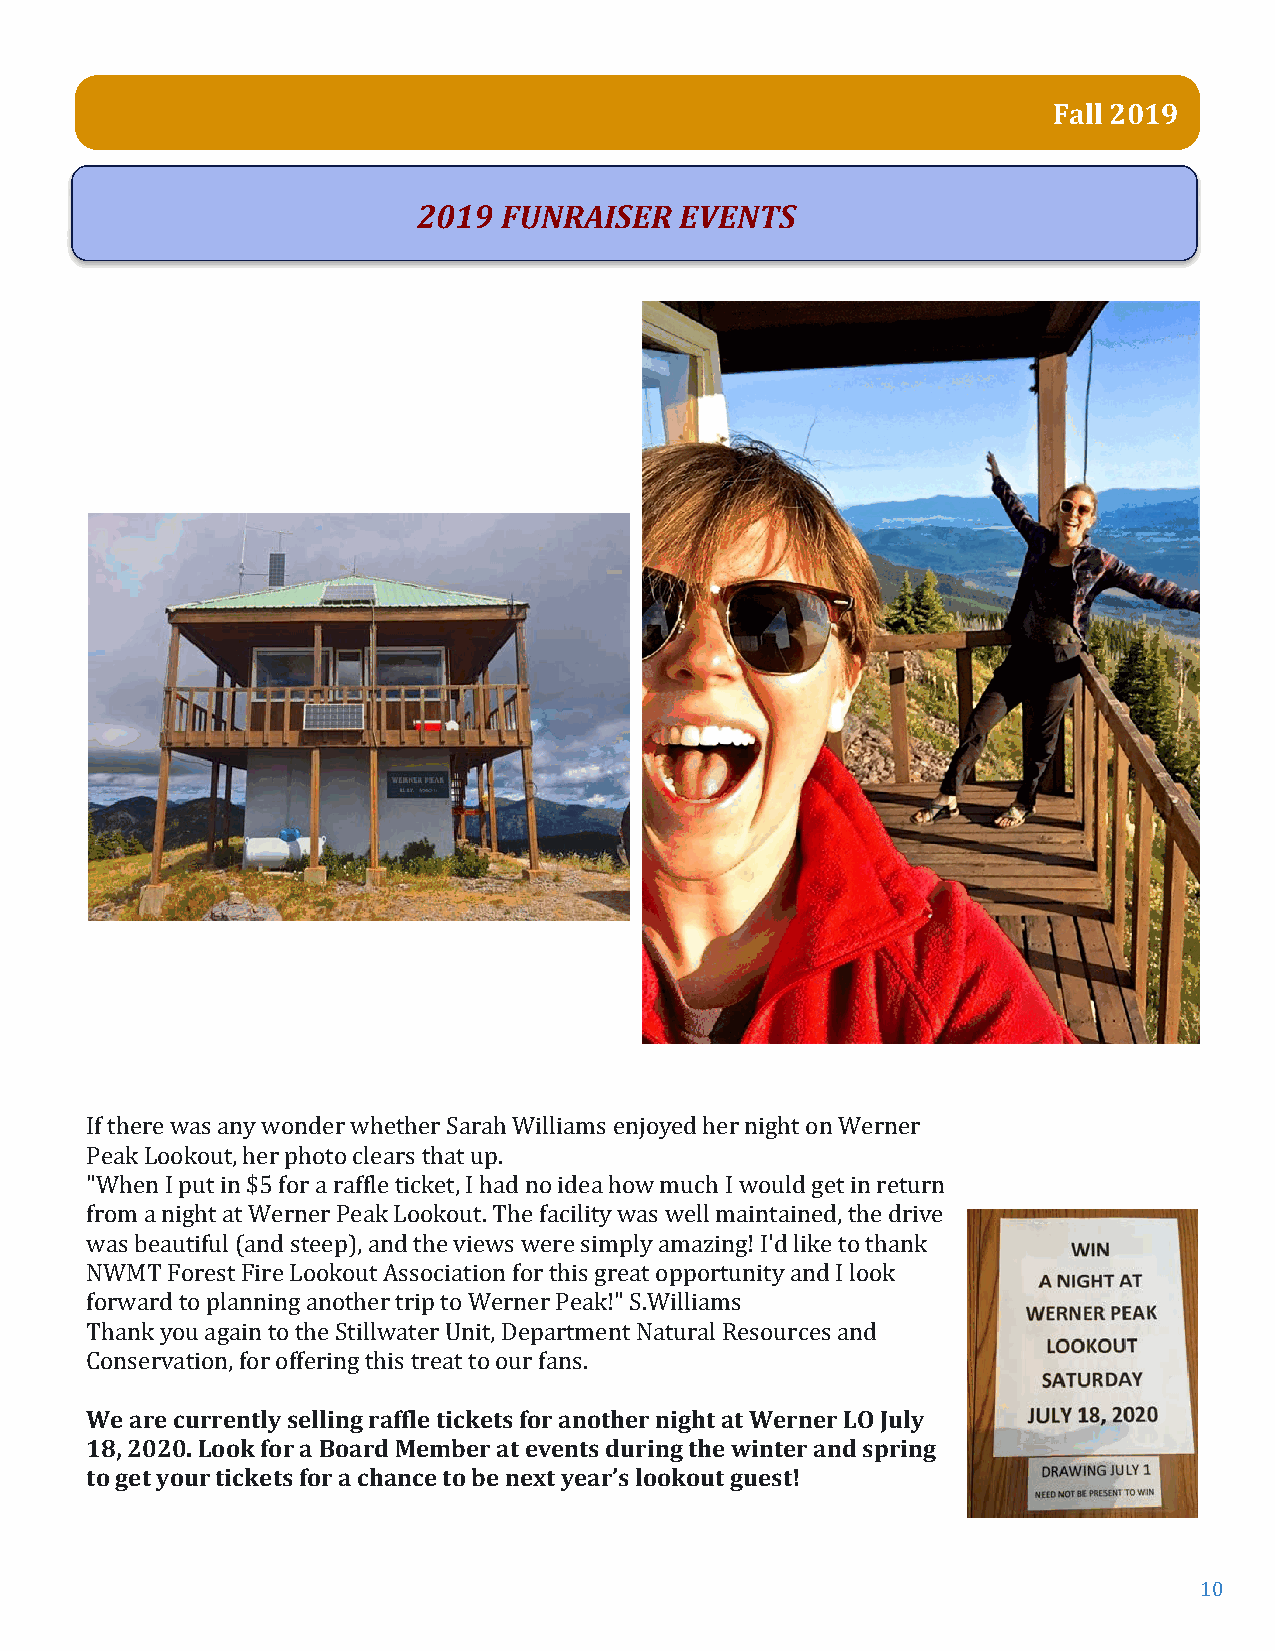
Fall 2019
 2019 FUNRAISER   EVENTS
 If there was any wonder whether Sarah Williams enjoyed her night on Werner
 Peak Lookout, her photo clears that up.
 "When I put in $5 for a raffle ticket, I had no idea how much I would get in return
 from a night at Werner Peak Lookout. The facility was well maintained, the drive
 was beautiful (and steep), and the views were simply amazing! I'd like to thank
 NWMT Forest Fire Lookout Association for this great opportunity and I look
 forward to planning another trip to Werner Peak!" S.Williams
 Thank you again to the Stillwater Unit, Department Natural Resources and
 CWoen saerrev cautirorne, nfotrly o sffeelrliinngg trhaifsf ltere taict ktoe tosu fro fra nasn.o ther night at Werner LO July
 18, 2020. Look for a Board Member at events during the winter and spring
 to get your tickets for a chance to be next year’s lookout guest!
 10